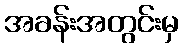
အခန်းအတွင်းမှ